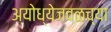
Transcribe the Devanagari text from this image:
अयोध्येजवळच्या